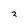
Character: 2